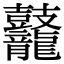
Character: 𪔷